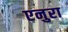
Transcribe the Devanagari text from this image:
एनुरा